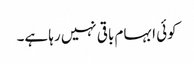
کوئی ابہام باقی نہیں رہا ہے۔